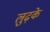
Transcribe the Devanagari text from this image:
लुढ़के